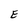
Character: E